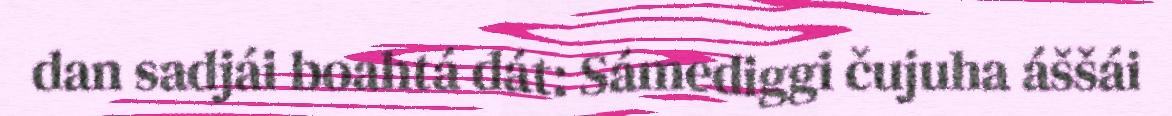
dan sadjái boahtá dát: Sámediggi čujuha áššái